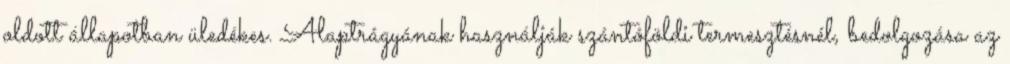
oldott állapotban üledékes. Alaptrágyának használják szántóföldi termesztésnél, bedolgozása az